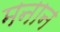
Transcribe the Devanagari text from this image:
मनान